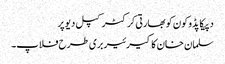
دپیکا پڈوکون کو بھارتی کرکٹر کپل دیو پر
سلمان خان کا کیرئیر بری طرح فلاپ۔